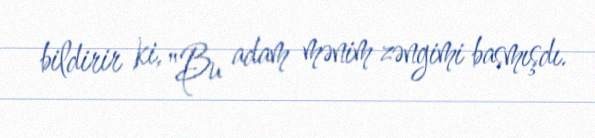
bildirir ki, "Bu adam mənim zəngimi basmışdı.